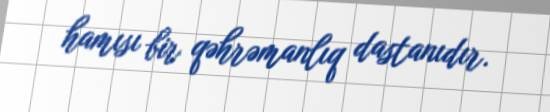
hamısı bir qəhrəmanlıq dastanıdır.